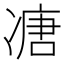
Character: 𠗶